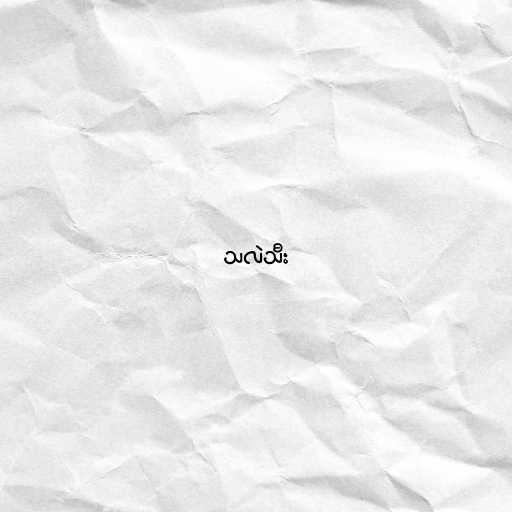
သလဲသီး